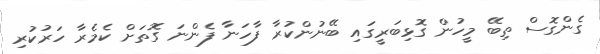
ގެންގޮސް ތިބޭ މީހުން ގޮޅިބަރީގައި ބޭނުންކުރާ ފާހަނާ ފެންނަ ގޮތަށް ކެމެރާ ހަރުކުރި